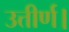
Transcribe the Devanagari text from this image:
उत्तीर्ण।